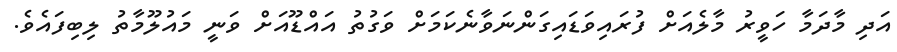
އަދި މާދަމާ ހަވީރު މާލެއަށް ފުރައިވަޑައިގަންނަވާނެކަމަށް ވަގުތު އައްޑޫއަށް ވަނީ މައުލޫމާތު ލިބިފައެވެ.